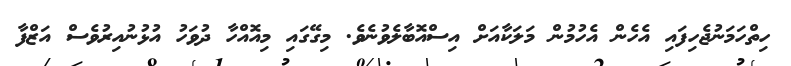
ހިތްހަމަނުޖެހިފައި އެހެން އެހުމުން މަލަކާއަށް އިސްއޮބާލެވުނެވެ. މިގޭގައި މިއޮއްހާ ދުވަހު އުޅުނުއިރުވެސް އަޒްފާ